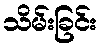
သိမ်းခြင်း